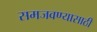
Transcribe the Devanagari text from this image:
समजवण्यासाठी